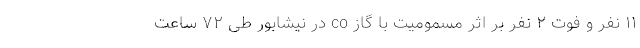
۱۱ نفر و فوت ۲ نفر بر اثر مسمومیت با گاز co در نیشابور طی ۷۲ ساعت